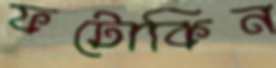
ফটোকিন